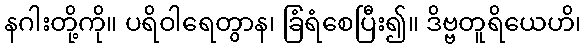
နဂါးတို့ကို။ ပရိဝါရေတွာန၊ ခြံရံစေပြီး၍။ ဒိဗ္ဗတူရိယေဟိ၊